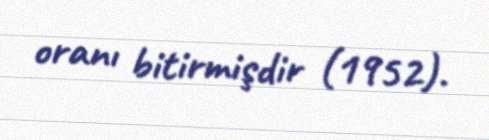
oranı bitirmişdir (1952).